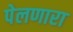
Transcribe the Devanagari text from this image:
पेलणारा